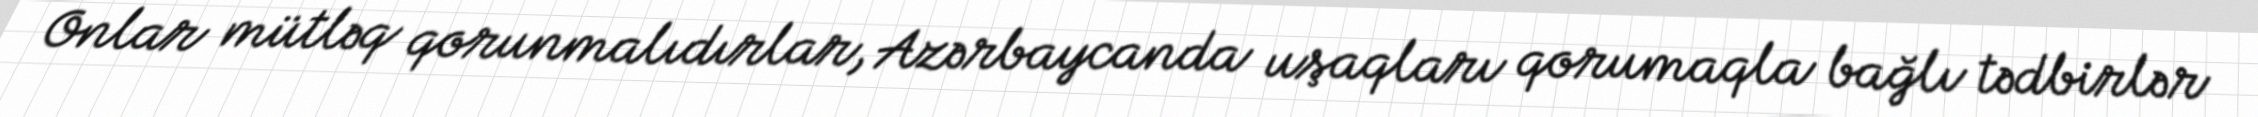
Onlar mütləq qorunmalıdırlar, Azərbaycanda uşaqları qorumaqla bağlı tədbirlər